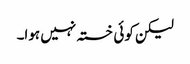
لیکن کوئی خستہ نہیں ہوا۔